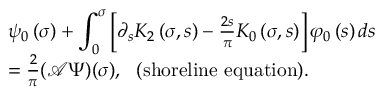
\begin{array} { r l } & { \psi _ { 0 } \left( \sigma \right) + { \displaystyle \int _ { 0 } ^ { \sigma } } \left[ \partial _ { s } K _ { 2 } \left( \sigma , s \right) - \frac { 2 s } { \pi } K _ { 0 } \left( \sigma , s \right) \right] \varphi _ { 0 } \left( s \right) d s } \\ & { = \frac { 2 } { \pi } ( \mathcal { A } \Psi ) ( \sigma ) , \mathrm { ~ \ ( s h o r e l i n e ~ e q u a t i o n ) . } } \end{array}